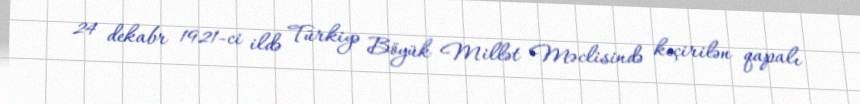
24 dekabr 1921-ci ildə Türkiyə Böyük Millət Məclisində keçirilən qapalı